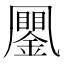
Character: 䥚